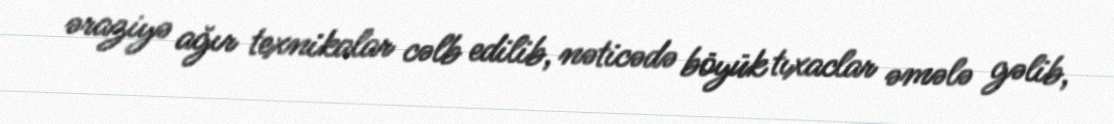
əraziyə ağır texnikalar cəlb edilib, nəticədə böyük tıxaclar əmələ gəlib,